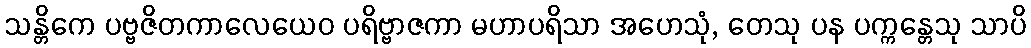
သန္တိကေ ပဗ္ဗဇိတကာလေယေဝ ပရိဗ္ဗာဇကာ မဟာပရိသာ အဟေသုံ, တေသု ပန ပက္ကန္တေသု သာပိ